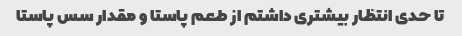
تا حدی انتظار بیشتری داشتم از طعم پاستا و مقدار سس پاستا